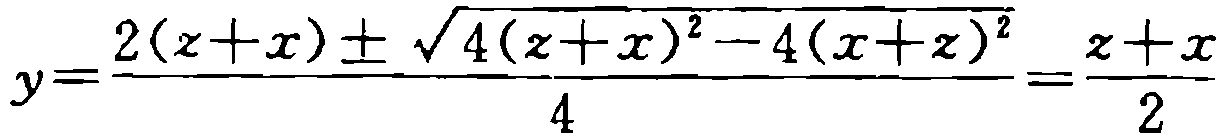
\[y=\frac{2(z + x)\pm\sqrt{4(z + x)^2-4(x + z)^2}}{4}=\frac{z + x}{2}\]